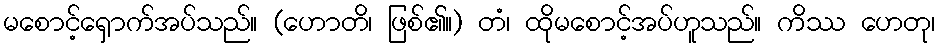
မစောင့်ရှောက်အပ်သည်။ (ဟောတိ၊ ဖြစ်၏။) တံ၊ ထိုမစောင့်အပ်ဟူသည်။ ကိဿ ဟေတု၊